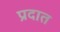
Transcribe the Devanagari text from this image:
प्रदात